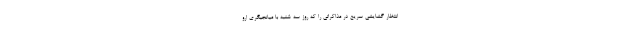
انتظار گشایشی سریع در مذاکراتی را که روز سه شنبه با میانجیگری ارو